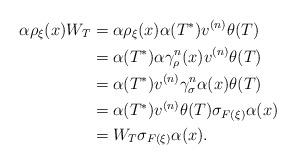
LaTeX: \begin{align*} \alpha\rho_\xi(x)W_T&= \alpha\rho_\xi(x)\alpha(T^*)v^{(n)}\theta(T) \\&=\alpha(T^*) \alpha\gamma_\rho^n(x)v^{(n)}\theta(T) \\&=\alpha(T^*)v^{(n)} \gamma_\sigma^n\alpha(x)\theta(T) \\&=\alpha(T^*)v^{(n)}\theta(T) \sigma_{F(\xi)}\alpha(x) \\&=W_T \sigma_{F(\xi)}\alpha(x).\end{align*}